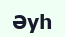
Әуһ